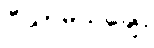
ပီယာမသိချေ။